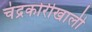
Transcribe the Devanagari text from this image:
चंद्रकोरीखाली